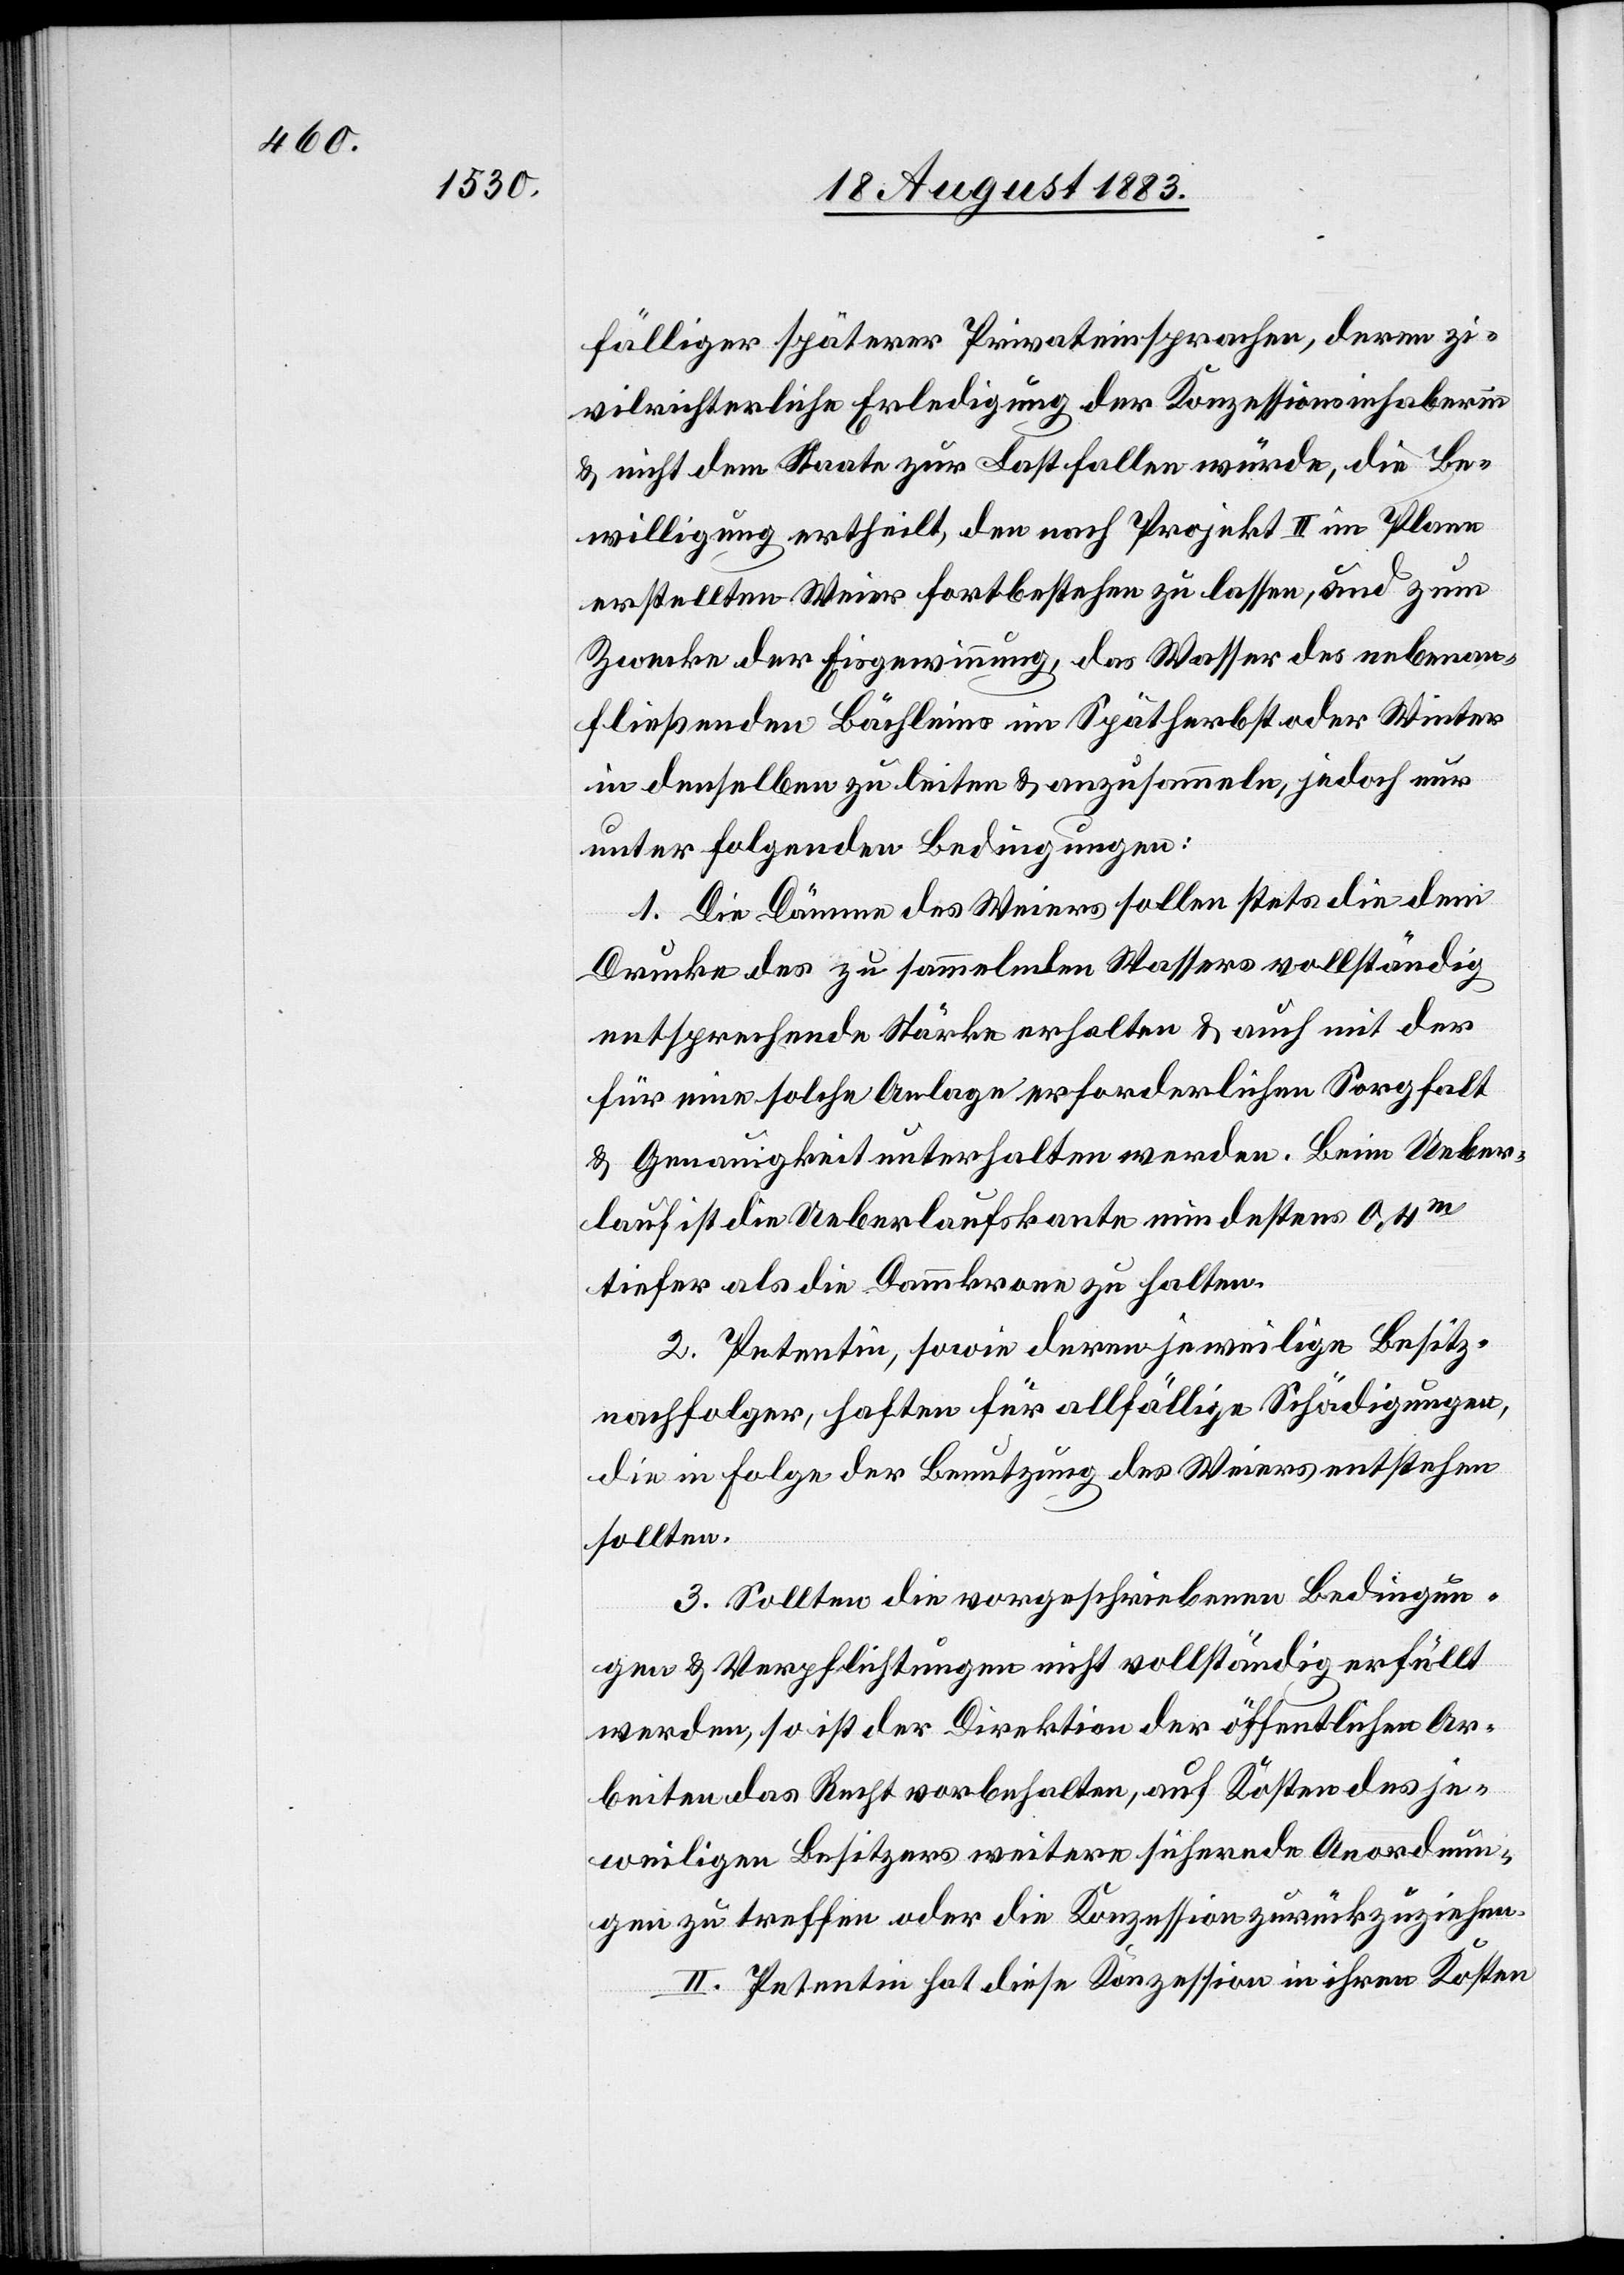
fälliger späterer Privateinsprachen, deren zi¬
vilrichterlicher Erledigung der Konzessionsinhaberin
& nicht dem Staate zur Last fallen würde, die Be¬
willigung ertheilt, den nach Projekt II im Plane
erstellten Weier fortbestehen zu lassen, und zum
Zwecke der Eisgewinnung das Wasser des nebenan¬
fließenden Bächleins im Spätherbst oder Winter
in denselben zu leiten & anzusammeln, jedoch nur
unter folgenden Bedingungen:
1. Die Dämme des Weiers sollen stets die dem
Drucke des zu sammelnden Wassers vollständig
entsprechende Stärke erhalten & auch mit der
für eine solche Anlage erforderlichen Sorgfalt
& Genauigkeit unterhalten werden. Beim Ueber¬
lauf ist die Ueberlaufskante mindestens 0,4m
tiefer als die Dammkrone zu halten.
2. Petentin, sowie deren jeweilige Besitz¬
nachfolger, haften für allfällige Schädigungen,
die in Folge der Benutzung des Weiers entstehen
sollten.
3. Sollten die vorgeschriebenen Bedingun¬
gen & Verpflichtungen nicht vollständig erfüllt
werden, so ist der Direktion der öffentlichen Ar¬
beiten das Recht vorbehalten, auf Kosten des je¬
weiligen Besitzers weitere sichernde Anordnun¬
gen zu treffen oder die Konzession zurückzuziehen.
II. Petentin hat diese Konzession in ihren Kosten